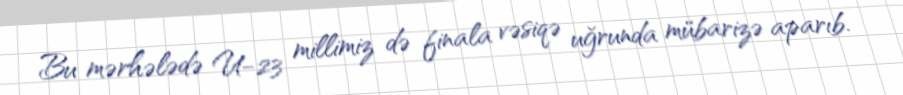
Bu mərhələdə U-23 millimiz də finala vəsiqə uğrunda mübarizə aparıb.